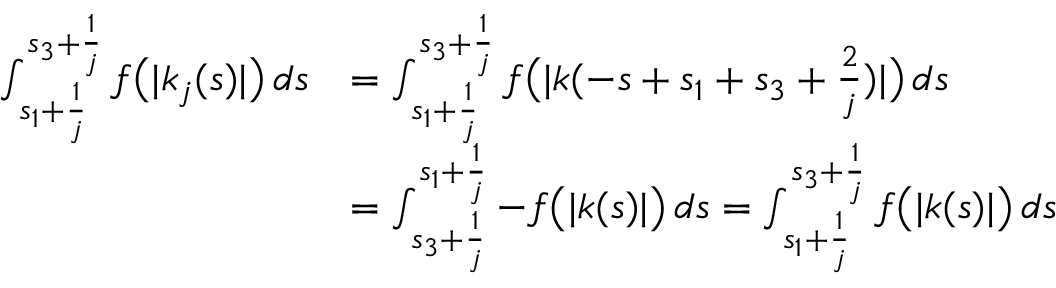
\begin{array} { r l } { \int _ { s _ { 1 } + \frac { 1 } { j } } ^ { s _ { 3 } + \frac { 1 } { j } } f \big ( | k _ { j } ( s ) | \big ) \, d s } & { = \int _ { s _ { 1 } + \frac { 1 } { j } } ^ { s _ { 3 } + \frac { 1 } { j } } f \big ( | k ( - s + s _ { 1 } + s _ { 3 } + \frac { 2 } { j } ) | \big ) \, d s } \\ & { = \int _ { s _ { 3 } + \frac { 1 } { j } } ^ { s _ { 1 } + \frac { 1 } { j } } - f \big ( | k ( s ) | \big ) \, d s = \int _ { s _ { 1 } + \frac { 1 } { j } } ^ { s _ { 3 } + \frac { 1 } { j } } f \big ( | k ( s ) | \big ) \, d s } \end{array}